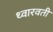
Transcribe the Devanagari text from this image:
थ्वारवती